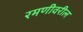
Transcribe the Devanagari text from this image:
रमणीवरील